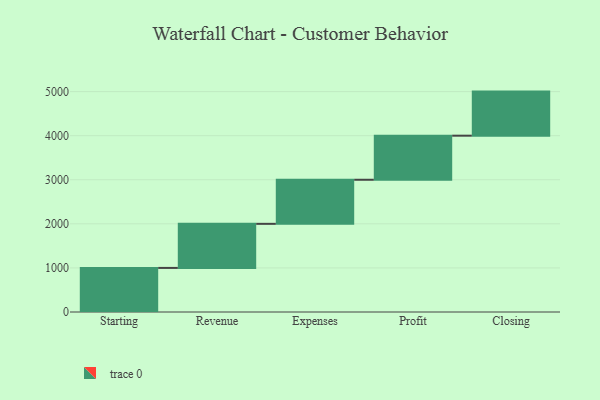
{"axis": {"x": "Step", "y": "Value"}, "legend": [""], "data": [{"x": "Starting", "y": 1000, "type": ""}, {"x": "Revenue", "y": 1000, "type": ""}, {"x": "Expenses", "y": 1000, "type": ""}, {"x": "Profit", "y": 1000, "type": ""}, {"x": "Closing", "y": 1000, "type": ""}]}